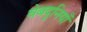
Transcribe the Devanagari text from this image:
वेबदुनियाँ